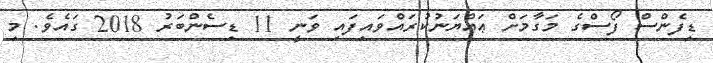
ޑިފެންސް ފޯސްގެ މަގާމަށް ޢައްޔަނުކުރައްވައިފައި ވަނީ 11 ޑިސެންބަރު 2018 ގައެވެ. މި